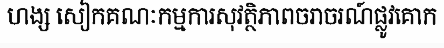
ហង្ស សៀកគណៈកម្មការសុវត្ថិភាពចរាចរណ៍ផ្លូវគោក